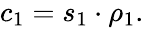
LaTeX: \begin{array}{r}{c_{1}=s_{1}\cdot\rho_{1}.}\end{array}